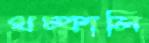
থম্‌কালি